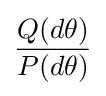
{\frac {Q(d\theta )}{P(d\theta )}}